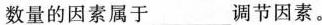
数量的因素属于___调节因素。